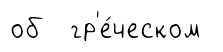
об гр'е́ческом